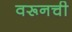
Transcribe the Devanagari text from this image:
वरूनची